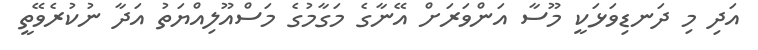
އަދި މި ދަނޑިވަޅަކީ މޫސާ އަންވަރަށް އޭނާގެ މަގާމުގެ މަސްއޫލިއްޔަތު އަދާ ނުކުރެވޭތީ